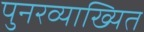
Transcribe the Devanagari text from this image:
पुनरव्याख्यित